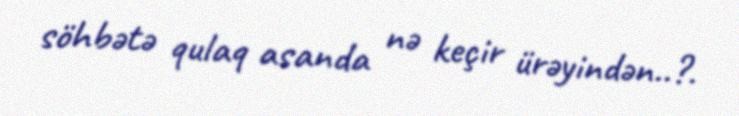
söhbətə qulaq asanda nə keçir ürəyindən..?.